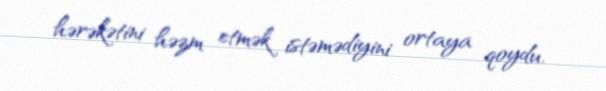
hərəkətini həzm etmək istəmədiyini ortaya qoydu.